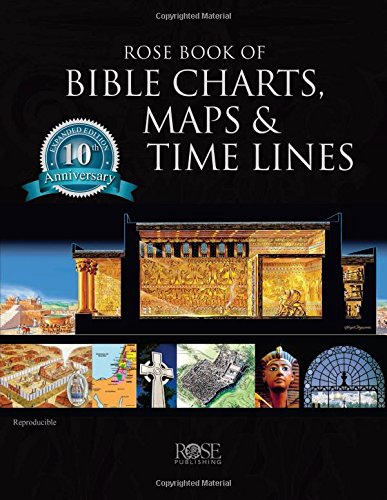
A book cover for Rose Book of Bible Charts, Maps, and Time Lines; Rose Publishing; Reference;